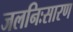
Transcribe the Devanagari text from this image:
जलनिःसारण